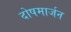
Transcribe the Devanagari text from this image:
दोषमार्जन